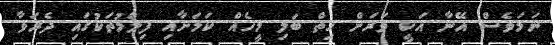
ނަމަވެސް އޭނާ އަކީ ވަރަށް ހިތް ބަލި މީހެއް ކަމަށާއި ފިލްމުތަކުގައި ދެރަވާ